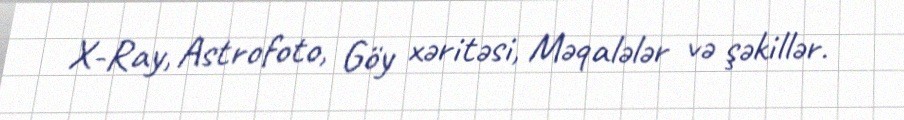
X-Ray, Astrofoto, Göy xəritəsi, Məqalələr və şəkillər.